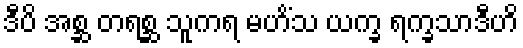
ဒီပိ အစ္ဆ တရစ္ဆ သူကရ မဟိံသ ယက္ခ ရက္ခသာဒီဟိ